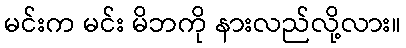
မင်းက မင်း မိဘကို နားလည်လို့လား။